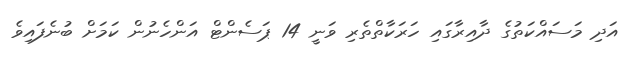
އަދި މަސައްކަތުގެ ދާއިރާގައި ހަރަކާތްތެރި ވަނީ 14 ޕަސެންޓް އަންހެނުން ކަމަށް ބުނެފައިވެ